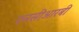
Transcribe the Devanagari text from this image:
एनसीआरबी